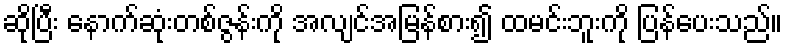
ဆိုပြီး နောက်ဆုံးတစ်ဇွန်းကို အလျင်အမြန်စား၍ ထမင်းဘူးကို ပြန်ပေးသည်။